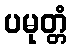
ပမုတ္တံ